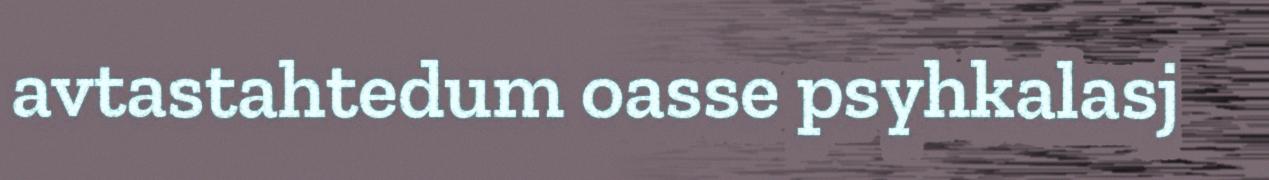
avtastahtedum oasse psyhkalasj